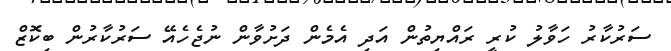
ސަރުކާރު ހަވާލު ކުރީ ރައްޔިތުން އަދި އެމެން ދަށުވާން ނުޖެހެއޭ ސަރުކާރުން ބިކޮޒް